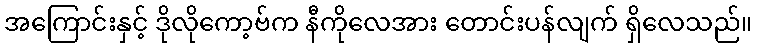
အကြောင်းနှင့် ဒိုလိုကော့ဗ်က နီကိုလေအား တောင်းပန်လျက် ရှိလေသည်။